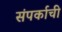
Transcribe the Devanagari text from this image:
संपर्काची